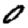
Digit: 0